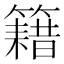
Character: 籍